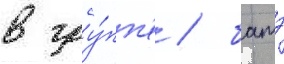
в гру́пп'е / батэ